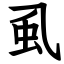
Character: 虱